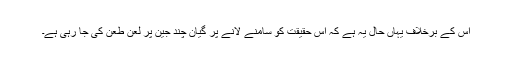
اس کے برخلاف یہاں حال یہ ہے کہ اس حقیقت کو سامنے لانے پر گیان چند جین پر لعن طعن کی جا رہی ہے۔